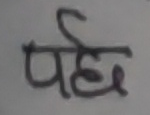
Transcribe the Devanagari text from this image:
पह्र